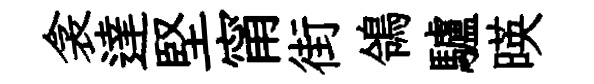
衾達堅甯街鴒驢暎